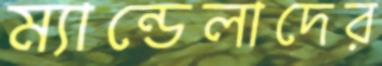
ম্যান্ডেলাদের